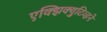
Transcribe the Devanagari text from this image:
एक्झिक्युटिव्हने